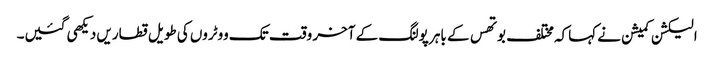
الیکشن کمیشن نے کہاکہ مختلف بوتھس کے باہر پولنگ کے آخر وقت تک ووٹروں کی طویل قطاریں دیکھی گئیں۔